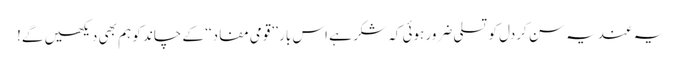
یہ عندیہ سن کردل کو تسلی ضرور ہوئی کہ شکر ہے اس بار ’’قومی مفاد‘‘ کے چاند کو ہم بھی دیکھیں گے!